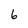
Character: 6